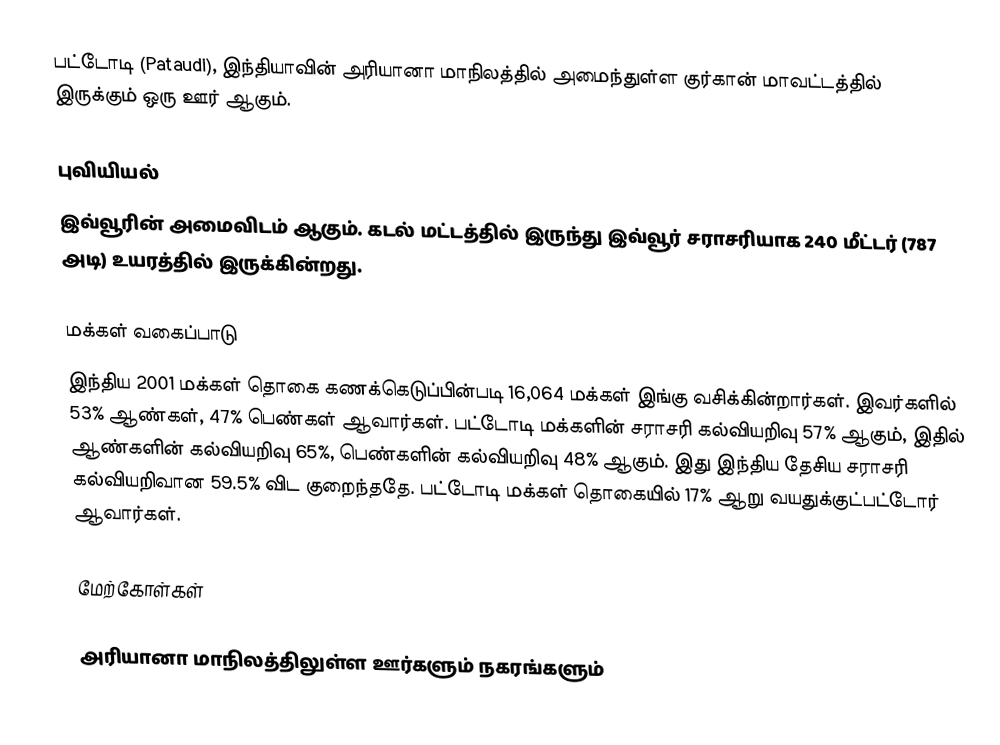
பட்டோடி (Pataudi), இந்தியாவின் அரியானா மாநிலத்தில் அமைந்துள்ள குர்கான் மாவட்டத்தில் இருக்கும் ஒரு ஊர் ஆகும்.

புவியியல்
இவ்வூரின் அமைவிடம்  ஆகும். கடல் மட்டத்தில் இருந்து இவ்வூர் சராசரியாக 240 மீட்டர் (787 அடி) உயரத்தில் இருக்கின்றது.

மக்கள் வகைப்பாடு
இந்திய 2001 மக்கள் தொகை கணக்கெடுப்பின்படி 16,064 மக்கள் இங்கு வசிக்கின்றார்கள். இவர்களில் 53% ஆண்கள், 47% பெண்கள் ஆவார்கள். பட்டோடி மக்களின் சராசரி கல்வியறிவு 57% ஆகும்,  இதில் ஆண்களின் கல்வியறிவு 65%,  பெண்களின் கல்வியறிவு 48% ஆகும். இது இந்திய தேசிய சராசரி கல்வியறிவான 59.5% விட குறைந்ததே. பட்டோடி மக்கள் தொகையில் 17%  ஆறு வயதுக்குட்பட்டோர் ஆவார்கள்.

மேற்கோள்கள்

அரியானா மாநிலத்திலுள்ள ஊர்களும் நகரங்களும்